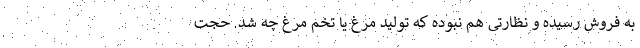
به فروش رسیده و نظارتی هم نبوده که تولید مرغ یا تخم مرغ چه شد. حجت